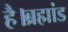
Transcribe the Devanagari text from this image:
है।ब्रह्मांड